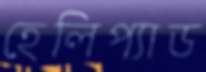
হেলিপ্যাড